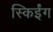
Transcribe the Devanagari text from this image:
स्किईंग